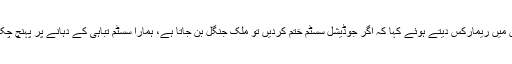
لاہور ہائی کورٹ کے جسٹس سید مظاہر علی اکبر نقوی نے ایک کیس میں ریمارکس دیتے ہوئے کہا کہ اگر جوڈیشل سسٹم ختم کردیں تو ملک جنگل بن جاتا ہے، ہمارا سسٹم تباہی کے دہانے پر پہنچ چکا ہے اور صرف 2 فیصد وکلا نے پورے سسٹم کو مفلوج کررکھا ہے۔